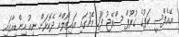
އޭއެފްސީ ކަޕުގެ ގުރޫޕް ސްތޭޖު ފަހު މެޗުގައި އައިޒޯލްއާ ދެކޮޅަށް ނިއު އިންޑިއާގައި